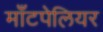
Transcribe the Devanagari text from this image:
माँटपेलियर